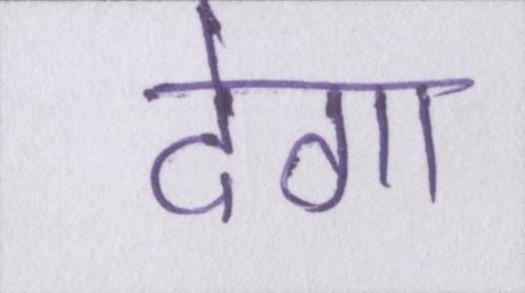
देगा